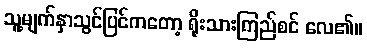
သူ့မျက်နှာသွင်ပြင်ကတော့ ရိုးသားကြည်စင် လေ၏။